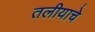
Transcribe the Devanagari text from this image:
तलीयाचे